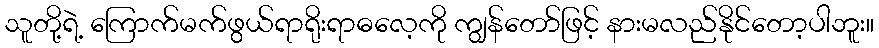
သူတို့ရဲ့ ကြောက်မက်ဖွယ်ရာရိုးရာဓလေ့ကို ကျွန်တော်ဖြင့် နားမလည်နိုင်တော့ပါဘူး။